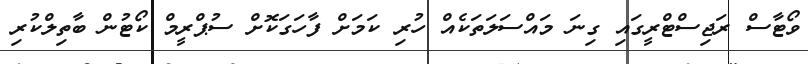
ވޯޓާސް ރަޖިސްޓްރީގައި ގިނަ މައްސަލަތަކެއް ހުރި ކަމަށް ފާހަގަކޮށް ސުޕްރީމް ކޯޓުން ބާތިލްކުރި